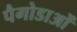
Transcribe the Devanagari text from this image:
पैगोडाओं